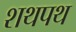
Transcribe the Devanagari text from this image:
शथपथ